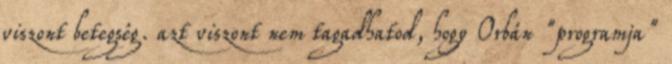
viszont betegség. azt viszont nem tagadhatod, hogy Orbán "programja"